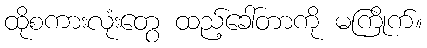
ထိုစကားလုံးတွေ ထည့်ခေါ်တာကို မကြိုက်။